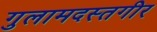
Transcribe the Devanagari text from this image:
गुलामदस्तगीर